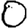
Digit: 0